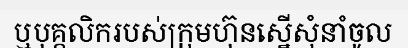
ឬបុគ្គលិករបស់ក្រុមហ៊ុនស្នើសុំនាំចូល